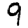
Digit: 9